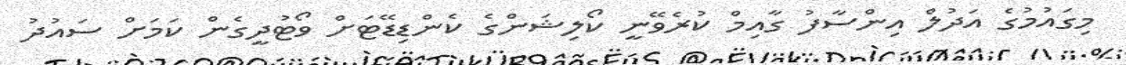
މިގައުމުގެ އަދުލް އިންސާފު ގާއިމް ކުރެވޭނީ ކޯލިޝަންގެ ކެންޑިޑޭޓަށް ވޯޓުދީގެން ކަމަށް ސައުދު